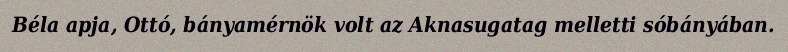
Béla apja, Ottó, bányamérnök volt az Aknasugatag melletti sóbányában.